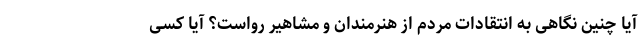
آیا چنین نگاهی به انتقادات مردم از هنرمندان و مشاهیر رواست؟ آیا کسی